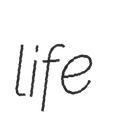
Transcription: life